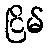
ငြိမ်